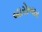
બારોબાર